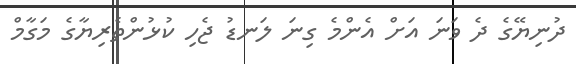
ދުނިޔޭގެ ދެ ވަނަ އަށް އެންމެ ގިނަ ލަނޑު ޖެހި ކުޅުންތެރިޔާގެ މަގާމް